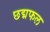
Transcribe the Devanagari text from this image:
छद्मफल